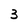
Character: 3